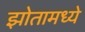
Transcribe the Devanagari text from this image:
झोतामध्ये